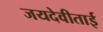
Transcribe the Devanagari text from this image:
जयदेवीताई